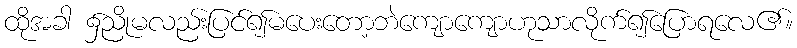
ထိုအခါ ၌ညိုမလည်းပြင်၍မပေးတော့ဘဲကျောကျောဟုသာလိုက်၍ပြောရလေ၏။